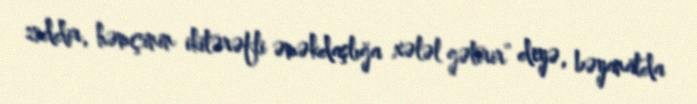
ziddir, həmçinin ikitərəfli əməkdaşlığa xələl gətirir” deyə, bəyanatda